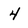
Character: 4